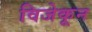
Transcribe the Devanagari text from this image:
विजेकून